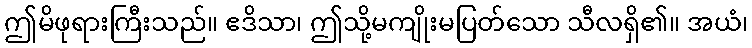
ဤမိဖုရားကြီးသည်။ ဧဒိသာ၊ ဤသို့မကျိုးမပြတ်သော သီလရှိ၏။ အယံ၊